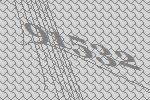
91532